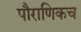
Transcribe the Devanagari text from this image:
पौराणिकच